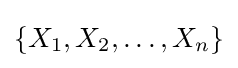
\left\{X_{1},X_{2},\dots ,X_{n}\right\}